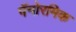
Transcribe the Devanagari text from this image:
पॅनोरमिक